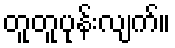
တူတူပုန်းလျက်။